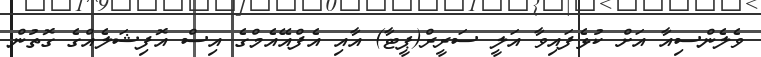
ވެލެންސިއާ އަށް ކުޅެފައިވާ އަލީ ސަރީރް(ޕީޓާ) އާއި އެފްއޭއެމްގެ އިސް އޮފިޝަލެއްގެ ގޮތުން